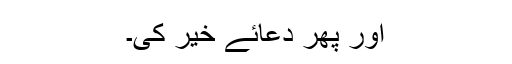
اور پھر دعائے خیر کی۔